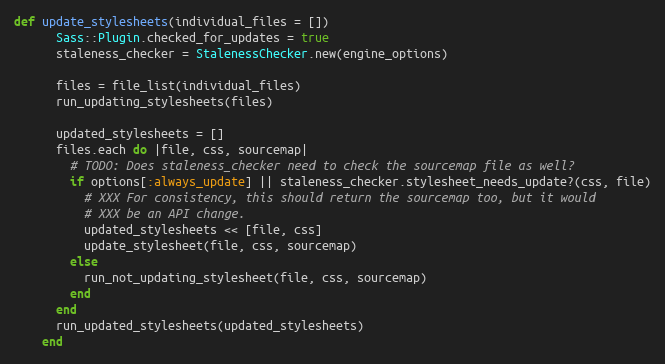
Language: Ruby
def update_stylesheets(individual_files = [])
      Sass::Plugin.checked_for_updates = true
      staleness_checker = StalenessChecker.new(engine_options)

      files = file_list(individual_files)
      run_updating_stylesheets(files)

      updated_stylesheets = []
      files.each do |file, css, sourcemap|
        # TODO: Does staleness_checker need to check the sourcemap file as well?
        if options[:always_update] || staleness_checker.stylesheet_needs_update?(css, file)
          # XXX For consistency, this should return the sourcemap too, but it would
          # XXX be an API change.
          updated_stylesheets << [file, css]
          update_stylesheet(file, css, sourcemap)
        else
          run_not_updating_stylesheet(file, css, sourcemap)
        end
      end
      run_updated_stylesheets(updated_stylesheets)
    end